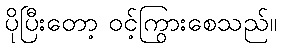
ပိုပြီးတော့ ဝင့်ကြွားစေသည်။